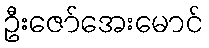
ဦးဇော်အေးမောင်